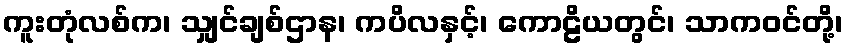
ကူးတုံလစ်က၊ သျှင်ချစ်ဌာန၊ ကပိလနှင့်၊ ကောဠိယတွင်၊ သာကဝင်တို့၊